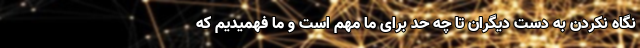
نگاه نکردن به دست دیگران تا چه حد برای ما مهم است و ما فهمیدیم که